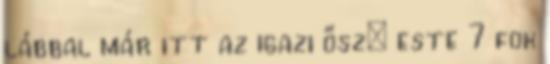
lábbal már itt az igazi ősz: este 7 fok